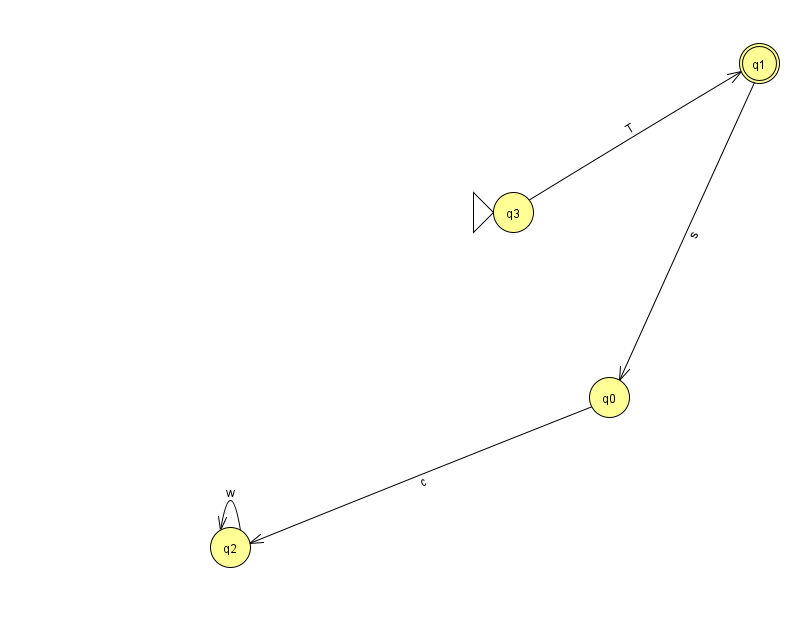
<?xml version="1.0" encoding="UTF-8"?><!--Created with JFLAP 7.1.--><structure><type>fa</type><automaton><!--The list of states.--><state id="0" name="q0"><x>609.0</x><y>384.0</y></state><state id="1" name="q1"><x>759.0</x><y>50.0</y><final/></state><state id="2" name="q2"><x>230.0</x><y>534.0</y></state><state id="3" name="q3"><x>513.0</x><y>199.0</y><initial/></state><!--The list of transitions.--><transition><from>1</from><to>0</to><read>s</read></transition><transition><from>3</from><to>1</to><read>T</read></transition><transition><from>2</from><to>2</to><read>w</read></transition><transition><from>0</from><to>2</to><read>c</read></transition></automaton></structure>